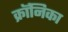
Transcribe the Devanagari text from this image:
क्रॉनिका